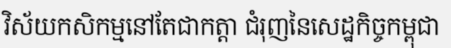
វិស័យកសិកម្មនៅតែជាកត្តា ជំរុញនៃសេដ្ឋកិច្ចកម្ពុជា